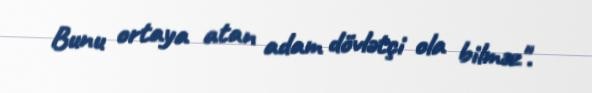
Bunu ortaya atan adam dövlətçi ola bilməz".